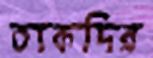
তাকদির